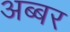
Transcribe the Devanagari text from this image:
अब्बर